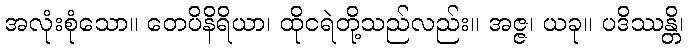
အလုံးစုံသော။ တေပိနိရိယာ၊ ထိုငရဲတို့သည်လည်း။ အဇ္ဇ၊ ယခု။ ပဒိဿန္တိ၊